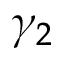
\gamma _ { 2 }